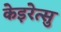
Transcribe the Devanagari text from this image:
केइरेत्सु